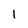
Character: l